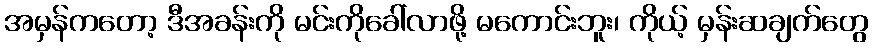
အမှန်ကတော့ ဒီအခန်းကို မင်းကိုခေါ်လာဖို့ မကောင်းဘူး၊ ကိုယ့် မှန်းဆချက်တွေ